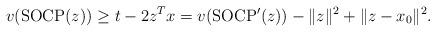
LaTeX: \begin{align*}v({\rm SOCP}(z))\geq t-2z^Tx=v({\rm SOCP'}(z))-\|z\|^2+\|z-x_0\|^2.\end{align*}